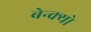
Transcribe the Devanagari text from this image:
बेन्क्यो